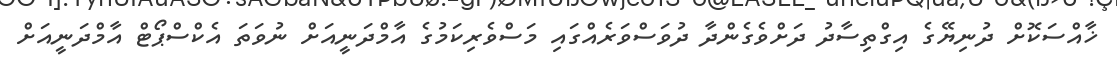
ޚާއްސަކޮށް ދުނިޔޭގެ އިގްތިސާދު ދަށްވެގެންދާ ދުވަސްވަރެއްގައި މަސްވެރިކަމުގެ އާމްދަނީއަށް ނުވަތަ އެކްސްޕޯޓް އާމްދަނީއަށް